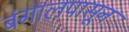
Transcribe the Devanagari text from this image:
बंगालपासून